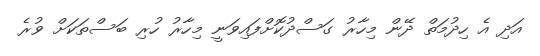
އަދި އެ ހިދުމަތް ދޭން މިހާރު ގަސްދުކޮށްފައިވަނީ މިހާރު ހުރި ބަސްތަކަށް ވުރެ